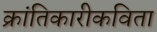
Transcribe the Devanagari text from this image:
क्रांतिकारीकविता